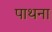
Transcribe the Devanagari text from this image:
पाथना